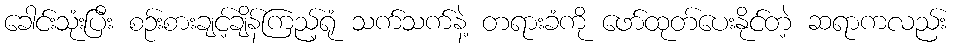
ခေါင်းသုံးပြီး စဉ်းစားချင့်ချိန်ကြည့်ရုံ သက်သက်နဲ့ တရားခံကို ဖော်ထုတ်ပေးနိုင်တဲ့ ဆရာကလည်း